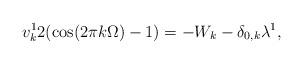
LaTeX: \begin{align*} v_k ^1 2 (\cos (2\pi k \Omega) -1) & = - W_k - \delta_{0, k} \lambda^1,\\ \end{align*}